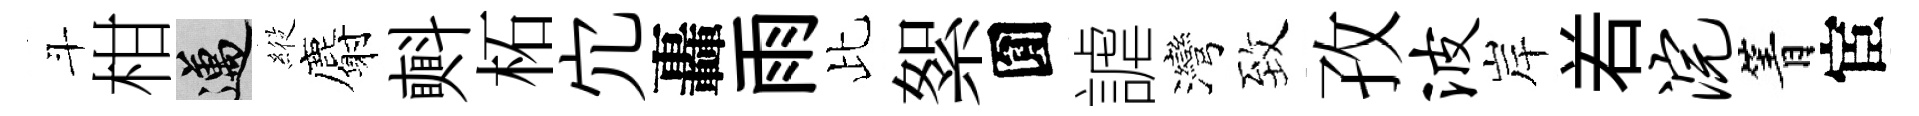
斗柑邁𦂵麝㪺柘宂轟雨比絮圎謔灣致孜波岸𠰥浣箐宦